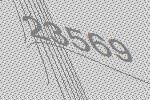
23569